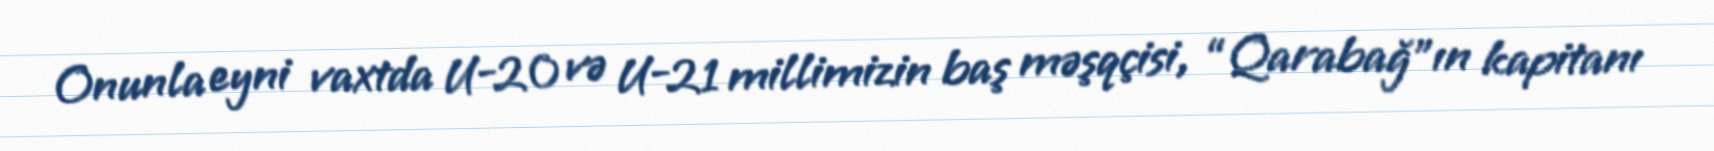
Onunla eyni vaxtda U-20 və U-21 millimizin baş məşqçisi, “Qarabağ”ın kapitanı